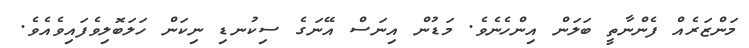
މަންޒަރެއް ފެންނާތީ ބަލަން އިންހެނެވެ. މަޑުން އިނަސް އޭނަގެ ސިކުނޑި ނިކަން ހަލަބޮލިވެފައިވެއެވެ.